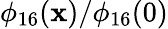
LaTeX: \phi_{16}(\mathbf{x})/\phi_{16}(0)